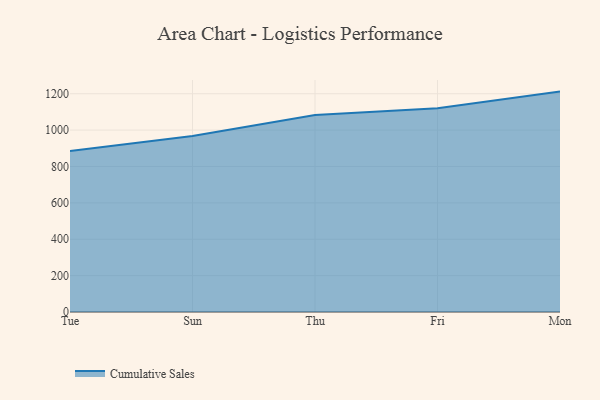
{"axis": {"x": "Day", "y": "Active Users"}, "legend": ["Cumulative Sales"], "data": [{"x": "Tue", "y": 885.2, "type": "Cumulative Sales"}, {"x": "Sun", "y": 967.5, "type": "Cumulative Sales"}, {"x": "Thu", "y": 1083.1, "type": "Cumulative Sales"}, {"x": "Fri", "y": 1120.4, "type": "Cumulative Sales"}, {"x": "Mon", "y": 1211.6, "type": "Cumulative Sales"}]}